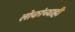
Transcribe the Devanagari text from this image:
लोकांच्याही